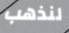
لنذهب